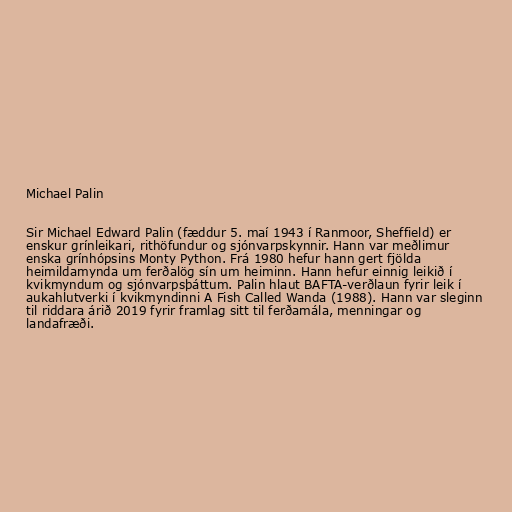
Michael Palin

Sir Michael Edward Palin (fæddur 5. maí 1943 í Ranmoor, Sheffield) er
enskur grínleikari, rithöfundur og sjónvarpskynnir. Hann var meðlimur
enska grínhópsins Monty Python. Frá 1980 hefur hann gert fjölda
heimildamynda um ferðalög sín um heiminn. Hann hefur einnig leikið í
kvikmyndum og sjónvarpsþáttum. Palin hlaut BAFTA-verðlaun fyrir leik í
aukahlutverki í kvikmyndinni A Fish Called Wanda (1988). Hann var sleginn
til riddara árið 2019 fyrir framlag sitt til ferðamála, menningar og
landafræði.